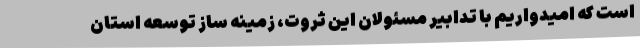
است که امیدواریم با تدابیر مسئولان این ثروت، زمینه ساز توسعه استان